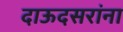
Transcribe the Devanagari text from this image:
दाऊदसरांना